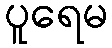
ပူရေမ